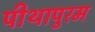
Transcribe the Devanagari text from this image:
पीथापुरम